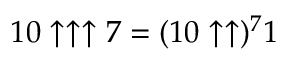
1 0 \uparrow \uparrow \uparrow 7 = ( 1 0 \uparrow \uparrow ) ^ { 7 } 1